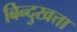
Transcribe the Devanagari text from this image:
बिन्दुखत्ता